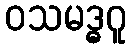
ဝသမဒ္ဓဂူ